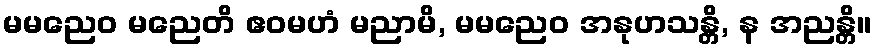
မမညေဝ မညေတိ ဧဝမဟံ မညာမိ, မမညေဝ အနုဟသန္တိ, န အညန္တိ။